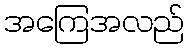
အကြေအလည်